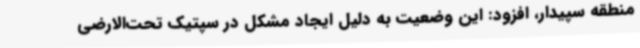
منطقه سپیدار، افزود: این وضعیت به دلیل ایجاد مشکل در سپتیک تحت‌الارضی